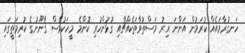
ހަނގުރާމައެއް ކުރަމުން އަންނަ އިރު މަސްތުވާތަކެއްޗާއި ގުޅުންހުރި ކޮންމެ މީހަކުވެސް ޤާނޫނުގެ ކުރިމަތީގައި